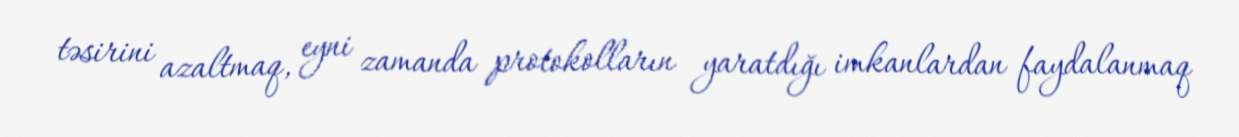
təsirini azaltmaq, eyni zamanda protokolların yaratdığı imkanlardan faydalanmaq